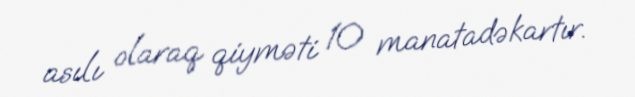
asılı olaraq qiyməti 10 manatadəkartır.